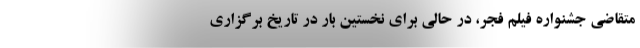
متقاضی جشنواره فیلم فجر، در حالی برای نخستین بار در تاریخ برگزاری